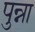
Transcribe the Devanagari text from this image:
पुन्ना